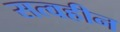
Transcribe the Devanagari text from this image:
सत्वहीन